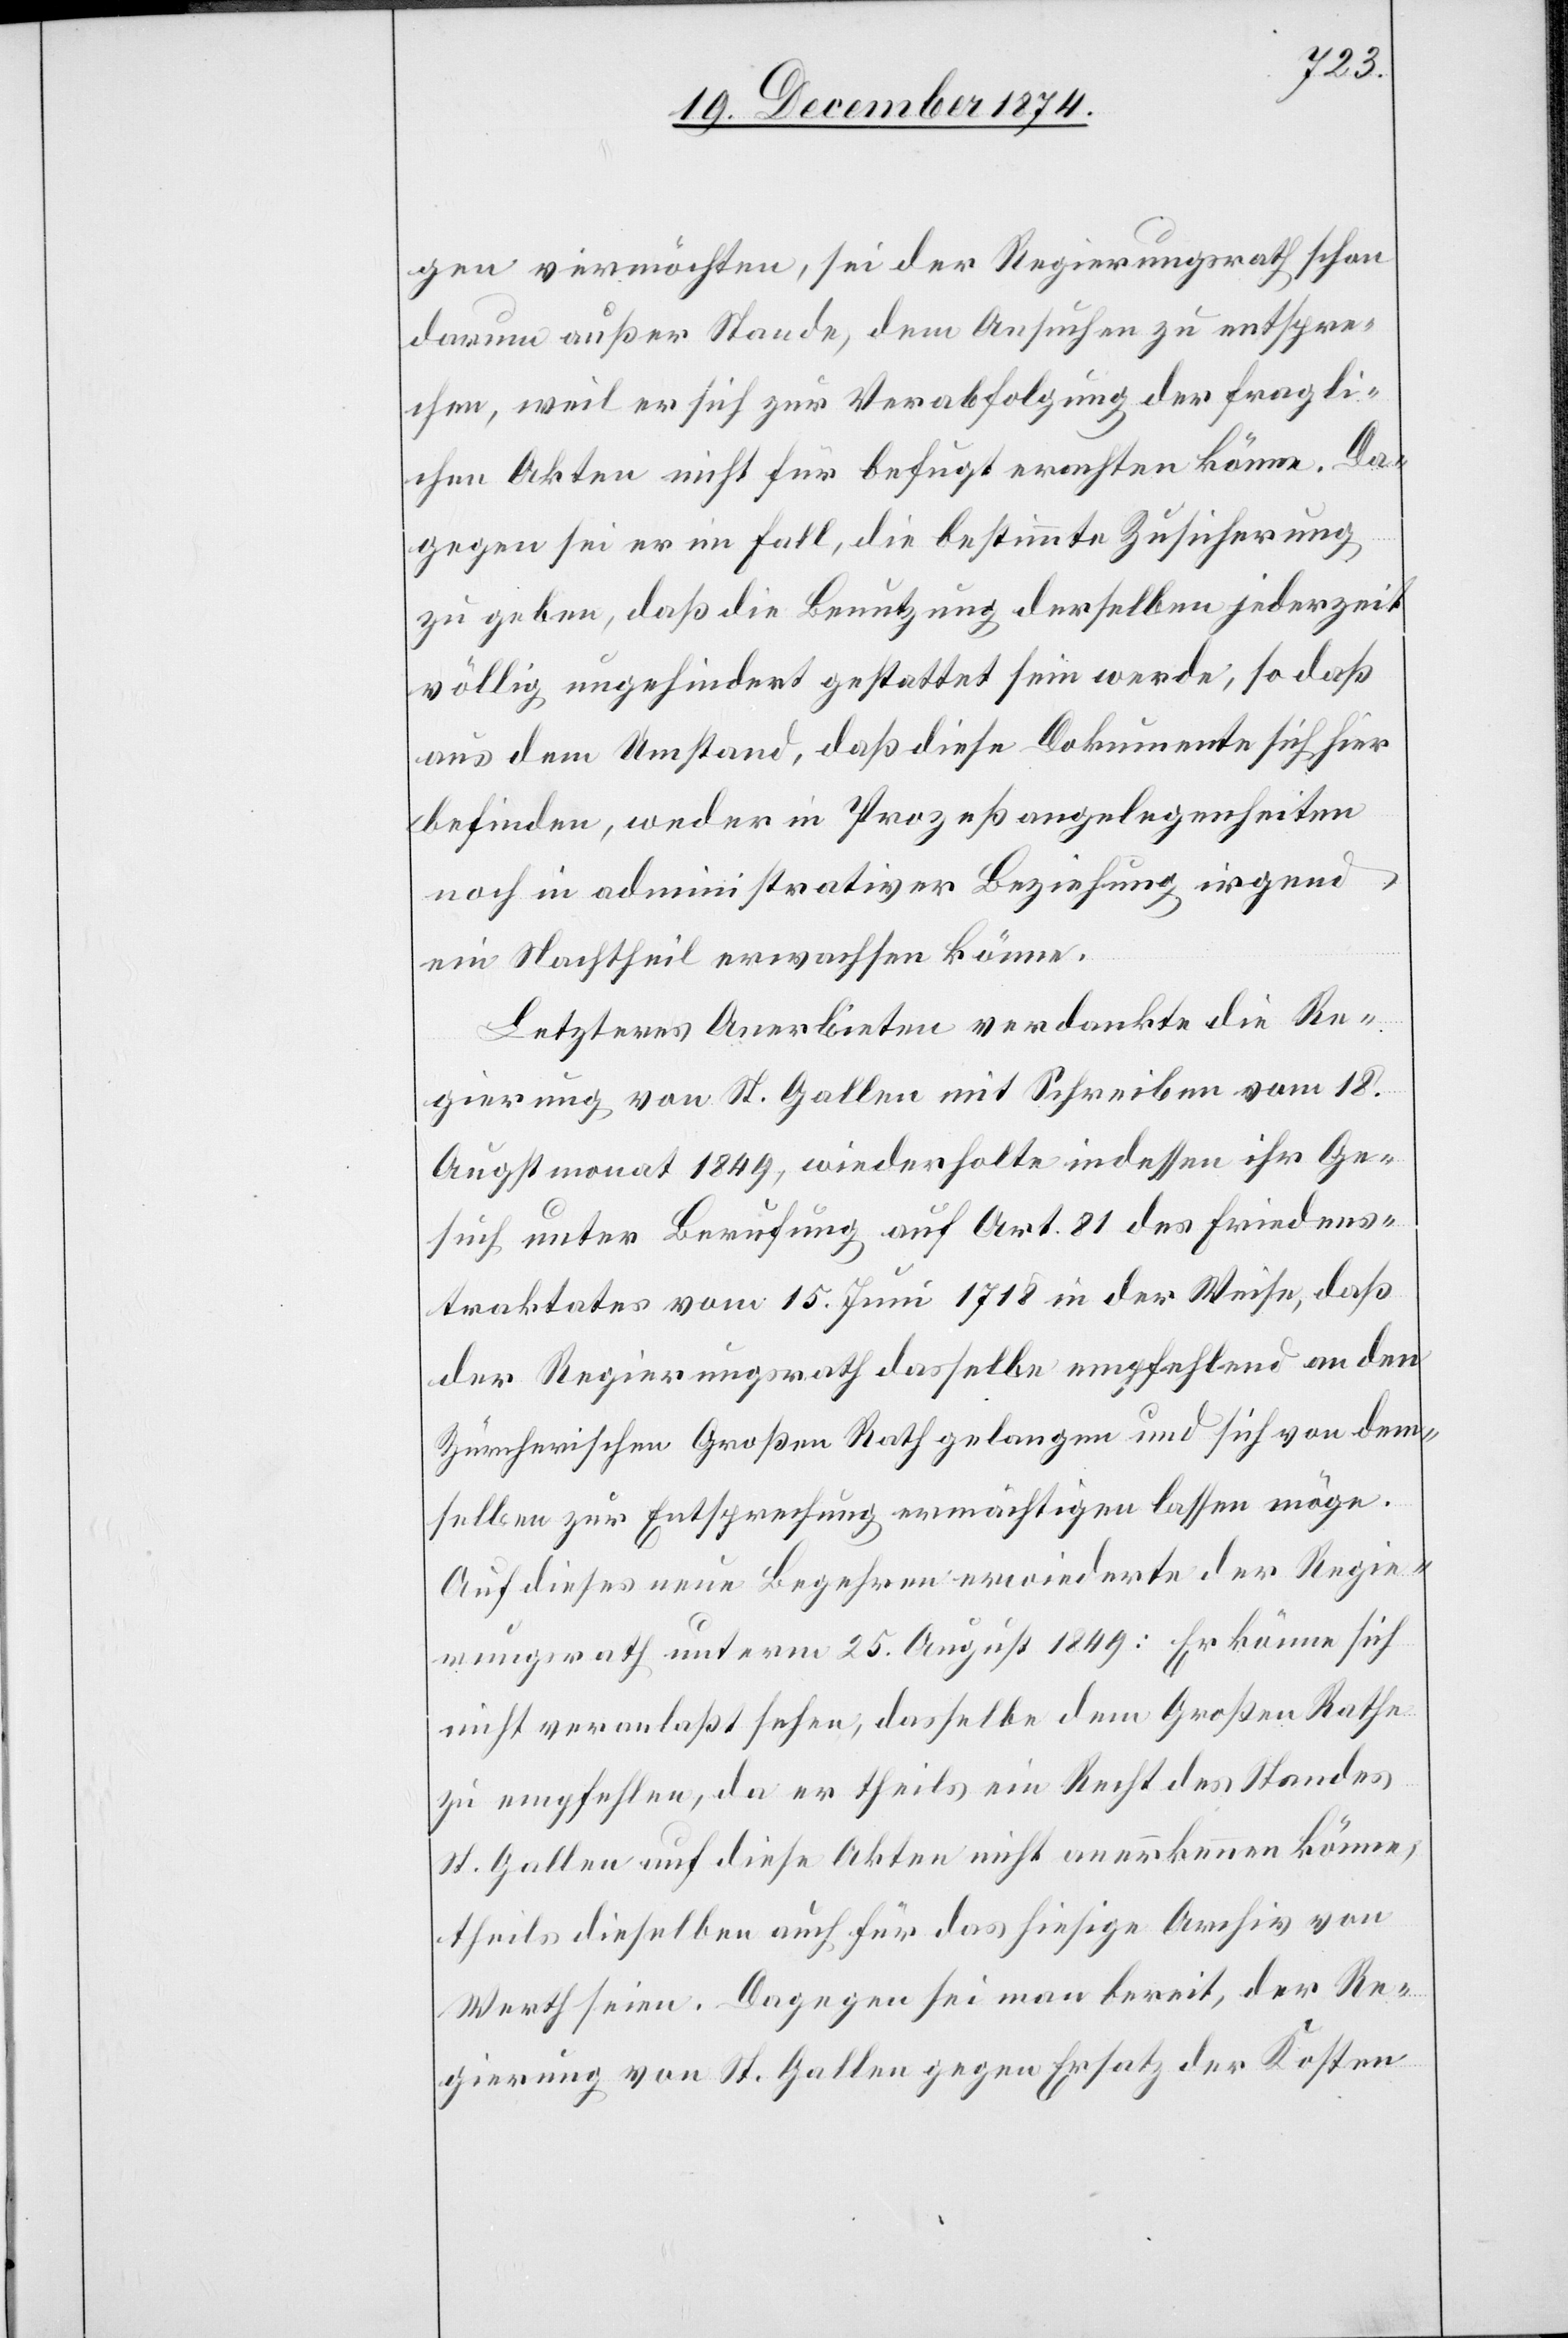
gen vermöchten, sei der Regierungsrath schon
darum außer Stande, dem Ansuchen zu entspre¬
chen, weil er sich zur Verabfolgung der fragli¬
chen Akten nicht für befugt erachten könne. Da¬
gegen sei er im Fall, die bestimmte Zusicherung
zu geben, daß die Benutzung derselben jederzeit
völlig ungehindert gestattet sein werde, so daß
aus dem Umstand, daß diese Dokumente sich hier
befinden, weder in Prozeßangelegenheiten
noch in administrativer Beziehung irgend
ein Nachtheil erwachsen könne.
Letzteres Anerbieten verdankte die Re¬
gierung von St. Gallen mit Schreiben vom 18.
Augstmonat 1849, wiederholte indessen ihr Ge¬
such unter Berufung auf Art. 81 des Friedens¬
traktates vom 15. Juni 1718 in der Weise, daß
der Regierungsrath dasselbe empfehlend an den
Zürcherischen Großen Rath gelangen und sich von dem¬
selben zur Entsprechung ermächtigen lassen möge.
Auf dieses neue Begehren erwiederte der Regie¬
rungsrath unterm 25. August 1849: Er könne sich
nicht veranlaßt sehen, dasselbe dem Großen Rathe
zu empfehlen, da er theils ein Recht des Standes
St. Gallen auf diese Akten nicht anerkennen könne,
theils dieselben auch für das hiesige Archiv von
Werth seien. Dagegen sei man bereit, der Re¬
gierung von St. Gallen gegen Ersatz der Kosten